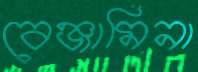
বেঞ্জামিনা